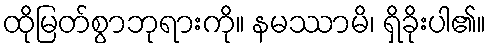
ထိုမြတ်စွာဘုရားကို။ နမဿာမိ၊ ရှိခိုးပါ၏။